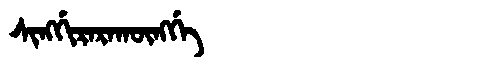
Manchu: ᠰᡳᠩᡤᡳᡵᠠᡵᠠᡴᡡᠩᡤᡝ
Romanization: SINGGIRARAKŪNGGE